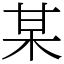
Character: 某